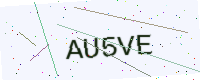
Text: AU5VE